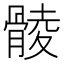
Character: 𩩡